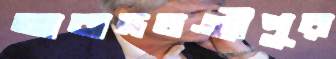
আবাদচণ্ডীপুর